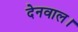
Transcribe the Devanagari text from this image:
देनवाल।